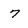
Character: 7